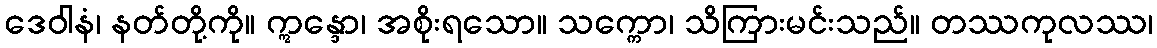
ဒေဝါနံ၊ နတ်တို့ကို။ ဣန္ဒော၊ အစိုးရသော။ သက္ကော၊ သိကြားမင်းသည်။ တဿကုလဿ၊